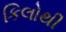
કિલોથી